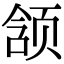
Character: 颔